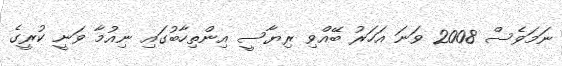
ނަމަވެސް 2008 ވަނަ އަހަރު ބޭއްވި ރިޔާސީ އިންތިހާބުގައި ނިއުމާ ވަނީ ކުރީގެ